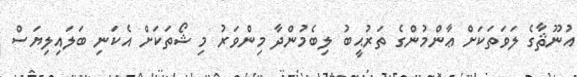
އުނޫޘާގެ ލަވަތަކަށް ޢާންމުންގެ ތަރުޙީބު ލިބެމުންދާ މިންވަރު މި ޝޯތަކަށް އެކަނި ބަލައިލިޔަސް